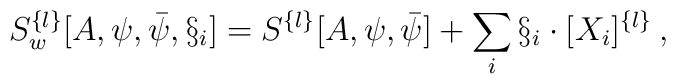
S^{\{l\}}_w[A,\psi,\bar\psi,\S_i] =  S^{\{l\}}[A,\psi,\bar\psi] + \sum_i \S_i \cdot [X_i]^{\{l\}} \: ,